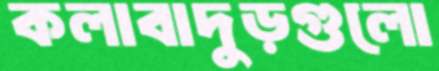
কলাবাদুড়গুলো